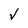
Character: V